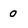
Character: 0